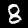
Label: 8